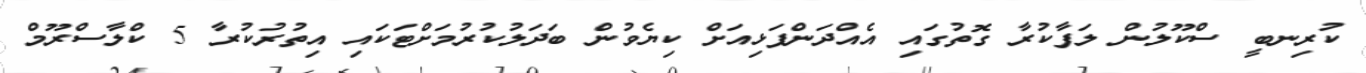
ކުރިނބީ ސްކޫލުން ލަފާކުރާ ގޮތުގައި އެއްދަންފަޅިއަށް ކިޔެވުން ބަދަލުކުރުމަށްޓަކައި އިތުރުކުރާ 5 ކްލާސްރޫމް